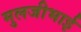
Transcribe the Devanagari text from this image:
मुलजीभाई